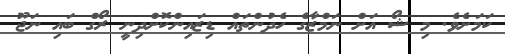
ކަމަށެވެ. މި ޝޯ އަށް ނަމްޒާގެ ހެދުންތައް ޑިޒައިންކޮށްދިނީ ރޯގް ބައި ނަޖޫ